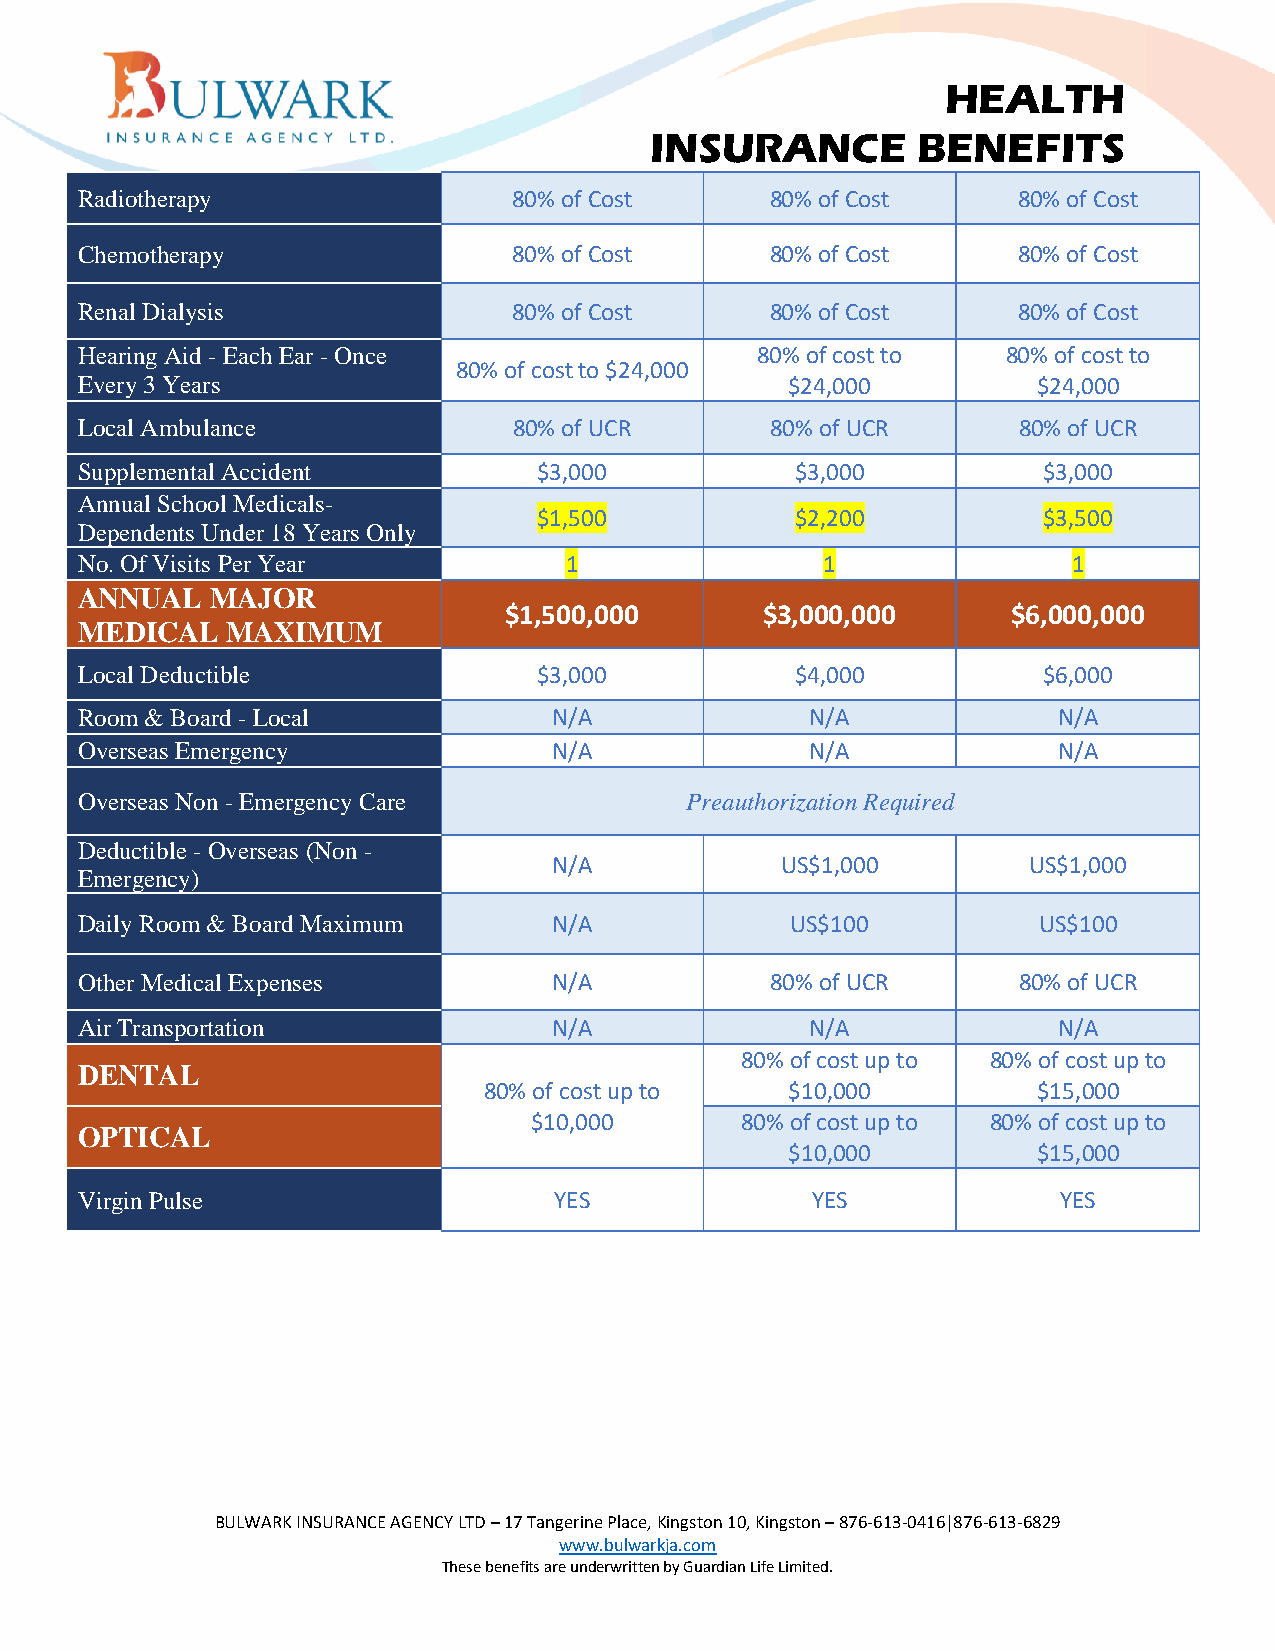
HEALTH
 INSURANCE         BENEFITS
 Radiotherapy                 80% of Cost      80% of Cost     80% of Cost
 Chemotherapy                 80% of Cost      80% of Cost     80% of Cost
 Renal Dialysis               80% of Cost      80% of Cost     80% of Cost
 Hearing Aid - Each Ear - Once                80% of cost to   80% of cost to
 80% of cost to $24,000
 Every 3 Years                                  $24,000          $24,000
 Local Ambulance              80% of UCR       80% of UCR      80% of UCR
 Supplemental Accident          $3,000           $3,000          $3,000
 Annual School Medicals-
 $1,500           $2,200          $3,500
 Dependents Under 18 Years Only
 No. Of Visits Per Year          1                1                1
 ANNUAL   MAJOR
 $1,500,000        $3,000,000      $6,000,000
 MEDICAL   MAXIMUM
 Local Deductible               $3,000           $4,000          $6,000
 Room & Board - Local            N/A              N/A             N/A
 Overseas Emergency              N/A              N/A             N/A
 Overseas Non - Emergency Care           Preauthorization Required
 Deductible - Overseas (Non -
 N/A            US$1,000        US$1,000
 Emergency)
 Daily Room & Board Maximum      N/A            US$100           US$100
 Other Medical Expenses          N/A           80% of UCR      80% of UCR
 Air Transportation              N/A              N/A             N/A
 80% of cost up to 80% of cost up to
 DENTAL
 80% of cost up to   $10,000          $15,000
 $10,000       80% of cost up to 80% of cost up to
 OPTICAL
 $10,000          $15,000
 Virgin Pulse                    YES              YES             YES
 BULWARK INSURANCE AGENCY LTD – 17 Tangerine Place, Kingston 10, Kingston – 876-613-0416|876-613-6829
 www.bulwarkja.com
 These benefits are underwritten by Guardian Life Limited.